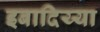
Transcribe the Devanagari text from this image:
इबादिय्या